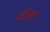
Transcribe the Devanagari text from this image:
गंडीवाड़ा